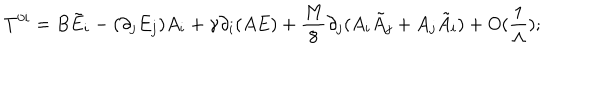
T ^ { 0 i } = B \tilde { E } _ { i } - ( \partial _ { j } E _ { j } ) A _ { i } + \gamma \partial _ { i } ( A E ) + \frac { M } { 8 } \partial _ { j } ( A _ { i } \tilde { A } _ { j } + A _ { j } \tilde { A } _ { i } ) + O ( \frac { 1 } { \Lambda } ) ;